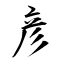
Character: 彦